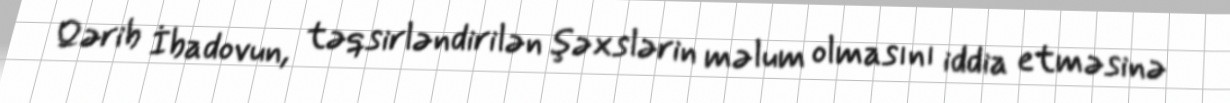
Qərib İbadovun, təqsirləndirilən şəxslərin məlum olmasını iddia etməsinə